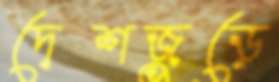
দেশজুড়ে